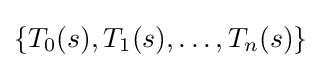
{\textstyle \{T_{0}(s),T_{1}(s),\ldots ,T_{n}(s)\}}